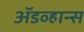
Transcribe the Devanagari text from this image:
ॲडव्हान्स